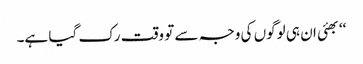
‘‘بھئی ان ہی لوگوں کی وجہ سے تو وقت رک گیا ہے۔